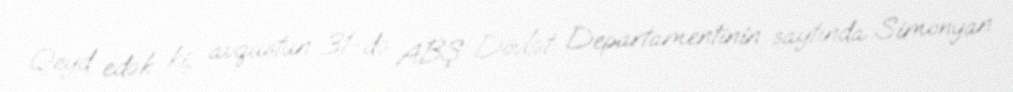
Qeyd edək ki, avqustun 31-də ABŞ Dövlət Departamentinin saytında Simonyan